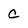
Character: C